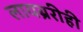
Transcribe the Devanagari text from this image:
लायब्ररीही